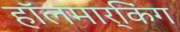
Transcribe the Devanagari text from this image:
हॉलमार्किंग